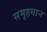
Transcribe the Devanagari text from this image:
समूहगान